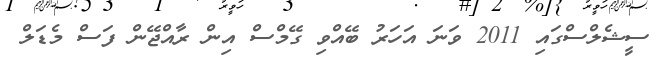
ސީޝެލްސްގައި 2011 ވަނަ އަހަރު ބޭއްވި ގޭމްސް އިން ރާއްޖޭން ފަސް މެޑަލް